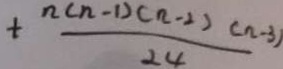
+ \frac { n ( n - 1 ) ( n - 2 ) ( n - 3 ) } { 2 4 }